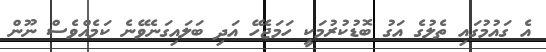
އެ ގައުމުގައި ތެލުގެ އަގު ބޮޑުކުރުމަކީ ހަމަޖެހޭ އަދި ބަލައިގަނެވޭނެ ކަމެއްވެސް ނޫން